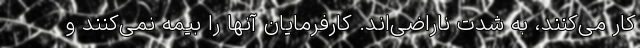
کار می‌کنند، به شدت ناراضی‌اند. کارفرمایان آنها را بیمه نمی‌کنند و